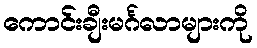
ကောင်းချီးမင်္ဂလာများကို